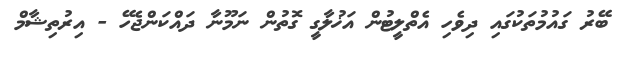
ބޭރު ގައުމުތަކުގައި ދިވެހި އެތްލީޓުން އަޚުލާގީ ގޮތުން ނަމޫނާ ދައްކަންޖެހޭ - އިރުތިޝާމް